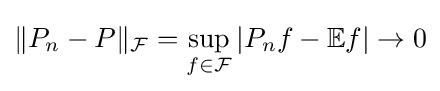
\|P_{n}-P\|_{\mathcal {F}}=\sup _{f\in {\mathcal {F}}}|P_{n}f-\mathbb {E} f|\to 0